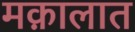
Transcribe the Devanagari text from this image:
मक़ालात